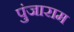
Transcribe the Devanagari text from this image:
पुंजाराम